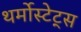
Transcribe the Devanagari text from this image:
थर्मोस्टेट्स